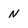
Character: N